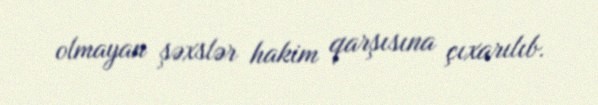
olmayan şəxslər hakim qarşısına çıxarılıb.